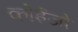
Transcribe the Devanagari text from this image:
कोईजो